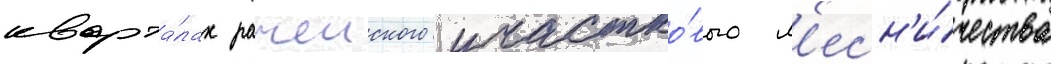
кварта́лах рачеиского участко́вого л'есн'и́чества